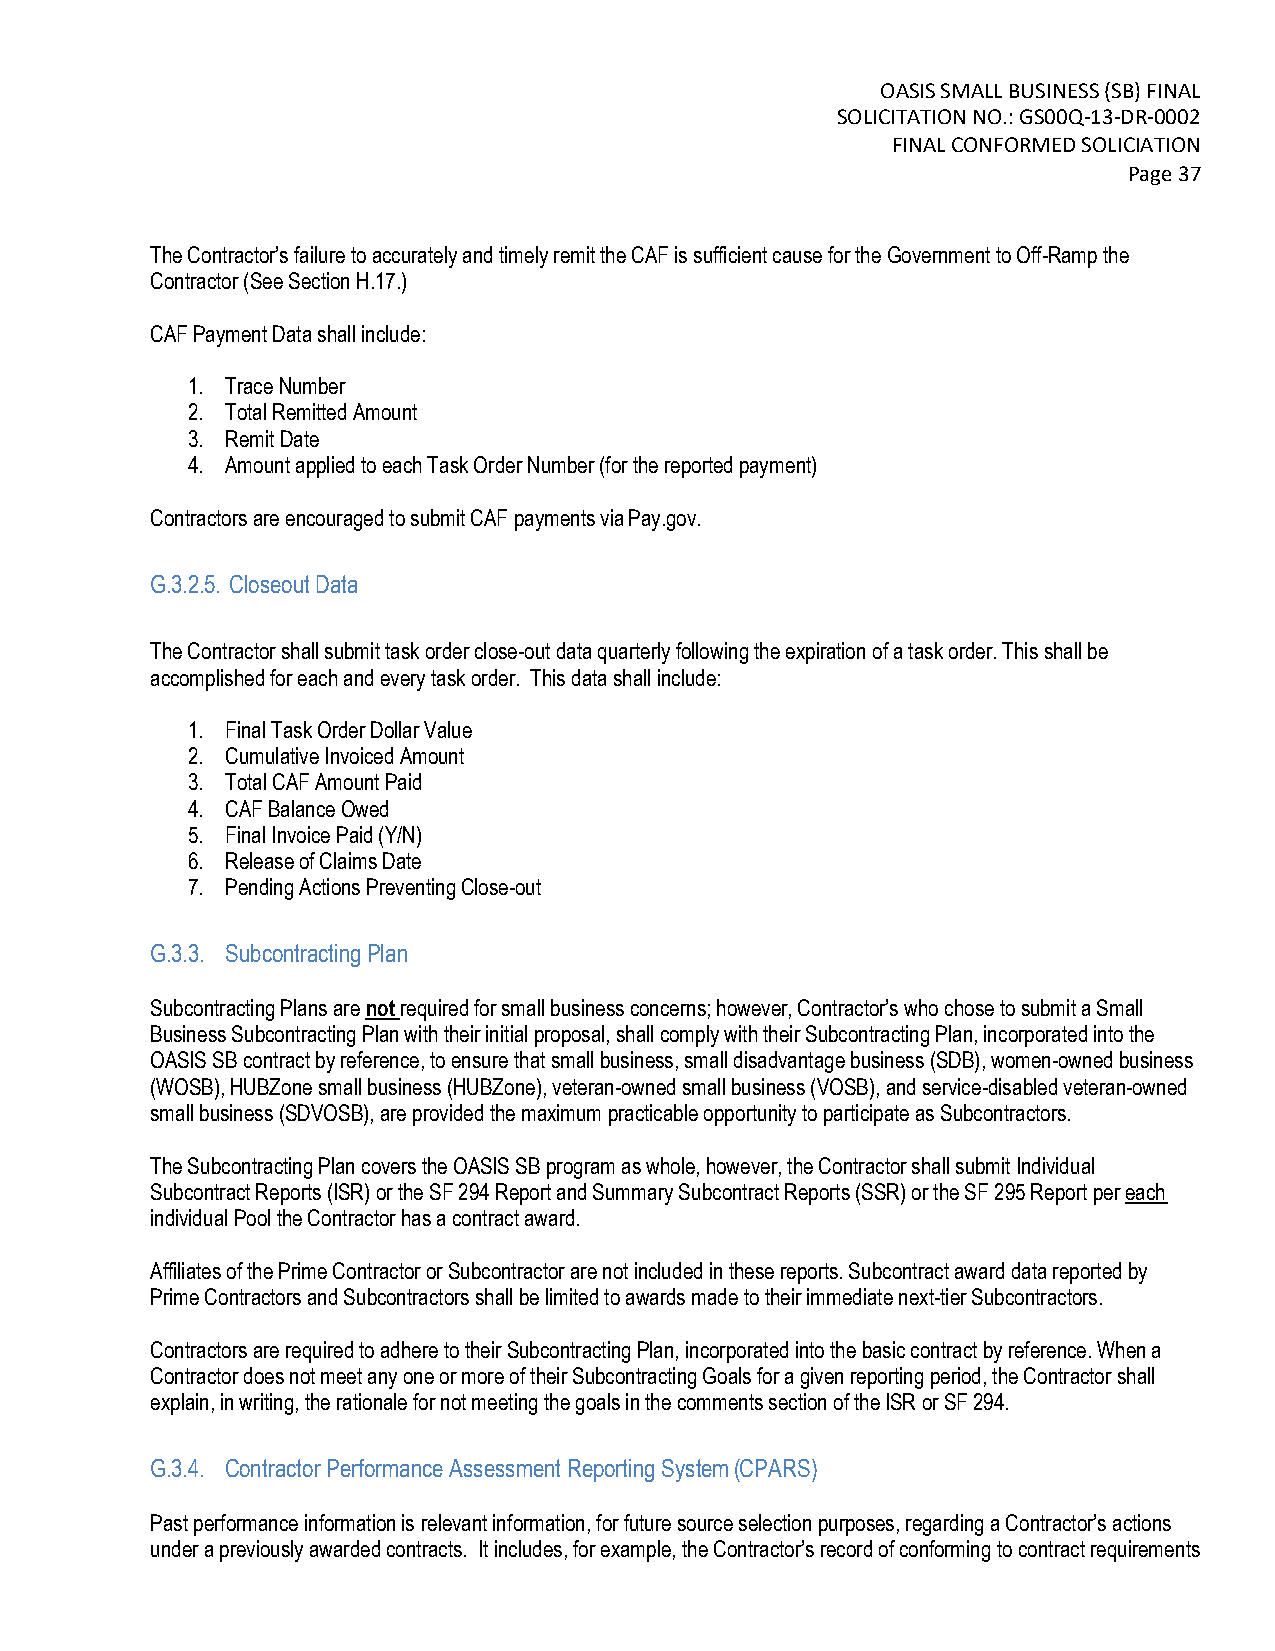
OASIS SMALL BUSINESS (SB) FINAL
 SOLICITATION NO.: GS00Q-13-DR-0002
 FINAL CONFORMED SOLICIATION
 Page 37
 The Contractor’s failure to accurately and timely remit the CAF is sufficient cause for the Government to Off-Ramp the
 Contractor (See Section H.17.)
 CAF Payment Data shall include:
 1. Trace Number
 2. Total Remitted Amount
 3. Remit Date
 4. Amount applied to each Task Order Number (for the reported payment)
 Contractors are encouraged to submit CAF payments via Pay.gov.
 G.3.2.5. Closeout Data
 The Contractor shall submit task order close-out data quarterly following the expiration of a task order. This shall be
 accomplished for each and every task order. This data shall include:
 1. Final Task Order Dollar Value
 2. Cumulative Invoiced Amount
 3. Total CAF Amount Paid
 4. CAF Balance Owed
 5. Final Invoice Paid (Y/N)
 6. Release of Claims Date
 7. Pending Actions Preventing Close-out
 G.3.3. Subcontracting Plan
 Subcontracting Plans are not required for small business concerns; however, Contractor’s who chose to submit a Small
 Business Subcontracting Plan with their initial proposal, shall comply with their Subcontracting Plan, incorporated into the
 OASIS SB contract by reference, to ensure that small business, small disadvantage business (SDB), women-owned business
 (WOSB), HUBZone small business (HUBZone), veteran-owned small business (VOSB), and service-disabled veteran-owned
 small business (SDVOSB), are provided the maximum practicable opportunity to participate as Subcontractors.
 The Subcontracting Plan covers the OASIS SB program as whole, however, the Contractor shall submit Individual
 Subcontract Reports (ISR) or the SF 294 Report and Summary Subcontract Reports (SSR) or the SF 295 Report per each
 individual Pool the Contractor has a contract award.
 Affiliates of the Prime Contractor or Subcontractor are not included in these reports. Subcontract award data reported by
 Prime Contractors and Subcontractors shall be limited to awards made to their immediate next-tier Subcontractors.
 Contractors are required to adhere to their Subcontracting Plan, incorporated into the basic contract by reference. When a
 Contractor does not meet any one or more of their Subcontracting Goals for a given reporting period, the Contractor shall
 explain, in writing, the rationale for not meeting the goals in the comments section of the ISR or SF 294.
 G.3.4. Contractor Performance Assessment Reporting System (CPARS)
 Past performance information is relevant information, for future source selection purposes, regarding a Contractor’s actions
 under a previously awarded contracts. It includes, for example, the Contractor’s record of conforming to contract requirements